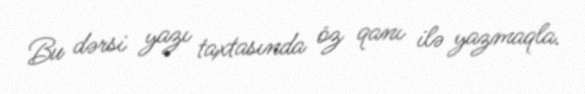
Bu dərsi yazı taxtasında öz qanı ilə yazmaqla.